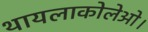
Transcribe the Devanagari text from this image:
थायलाकोलेओ।